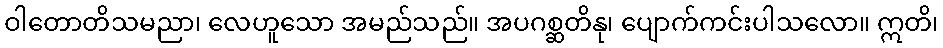
ဝါတောတိသမညာ၊ လေဟူသော အမည်သည်။ အပဂစ္ဆတိနု၊ ပျောက်ကင်းပါသလော။ ဣတိ၊